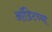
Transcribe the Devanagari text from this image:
ऑडिटच्या